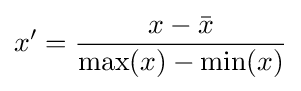
x'={\frac {x-{\bar {x}}}{{\text{max}}(x)-{\text{min}}(x)}}